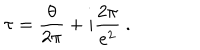
LaTeX: \tau = \frac { \theta } { 2 \pi } + i \frac { 2 \pi } { e ^ { 2 } } \ .